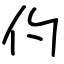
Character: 仢